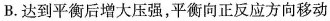
B. 达到平衡后增大压强，平衡向正反应方向移动